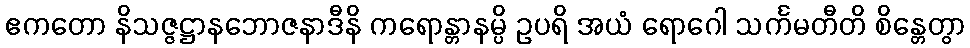
ဧကတော နိသဇ္ဇဋ္ဌာနဘောဇနာဒီနိ ကရောန္တာနမ္ပိ ဥပရိ အယံ ရောဂေါ သင်္ကမတီတိ စိန္တေတွာ